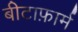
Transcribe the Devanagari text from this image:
बीटाफ़ार्म